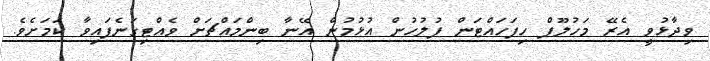
ވިދާޅުވީ އެރޭ މަހުލޫފް ހިފަހައްޓަން ފުލުހުން އުޅުމުން އޭނާ ބިންމައްޗަށް ވެއްޓިގަނެފައިވާ ކަމަށެވެ.